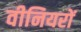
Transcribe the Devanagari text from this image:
वीनियरों